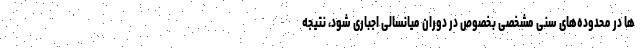
ها در محدوده‌های سنی مشخصی بخصوص در دوران میانسالی اجباری شود، نتیجه